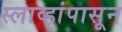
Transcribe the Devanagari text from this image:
स्लाव्हांपासून